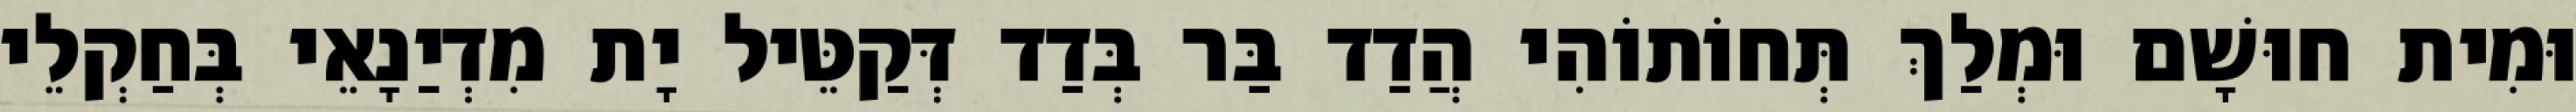
וּמִית חוּשָׁם וּמְלַךְ תְּחוֹתוֹהִי הֲדַד בַּר בְּדַד דְּקַטֵּיל יָת מִדְיַנָאֵי בְּחַקְלֵי